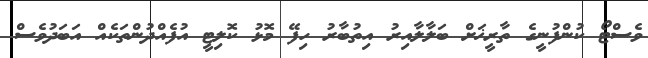
ވެސްޓޯ ކުންފުނީގެ ތާރީޚަށް ބަލާލާއިރު އިތުބާރު ހިފޭ މޮޅު ކޮލިޓީ އުފެއްދުންތަކެއް އަބަދުވެސް